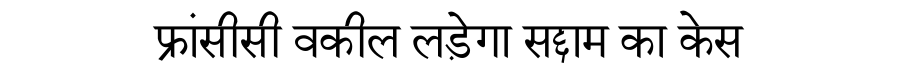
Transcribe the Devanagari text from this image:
फ्रांसीसी वकील लड़ेगा सद्दाम का केस